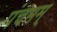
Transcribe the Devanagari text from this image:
पंचमम्